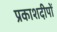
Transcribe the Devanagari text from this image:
प्रकाशदीपों